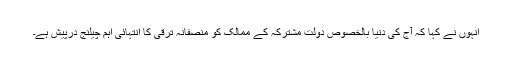
انہوں نے کہا کہ آج کی دنیا بالخصوص دولت مشترکہ کے ممالک کو منصفانہ ترقی کا انتہائی اہم چیلنج درپیش ہے۔